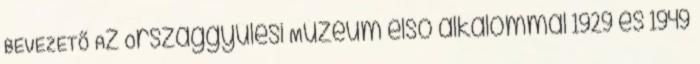
BEVEZETŐ Az Országgyűlési Múzeum első alkalommal 1929 és 1949